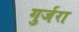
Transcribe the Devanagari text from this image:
गुर्जरा